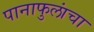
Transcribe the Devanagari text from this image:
पानाफुलांचा